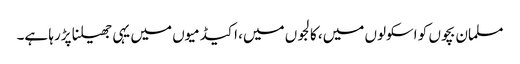
مسلمان بچوں کو اسکولوں میں، کالجوں میں، اکیڈمیوں میں یہی جھیلنا پڑرہا ہے۔